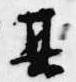
其